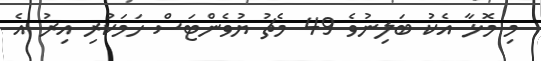
މި މޮޅާ އެކު ބަލިނުވެ 49 މެޗު ޔުވެންޓަސް ހަމަކުރި އިރު އެ